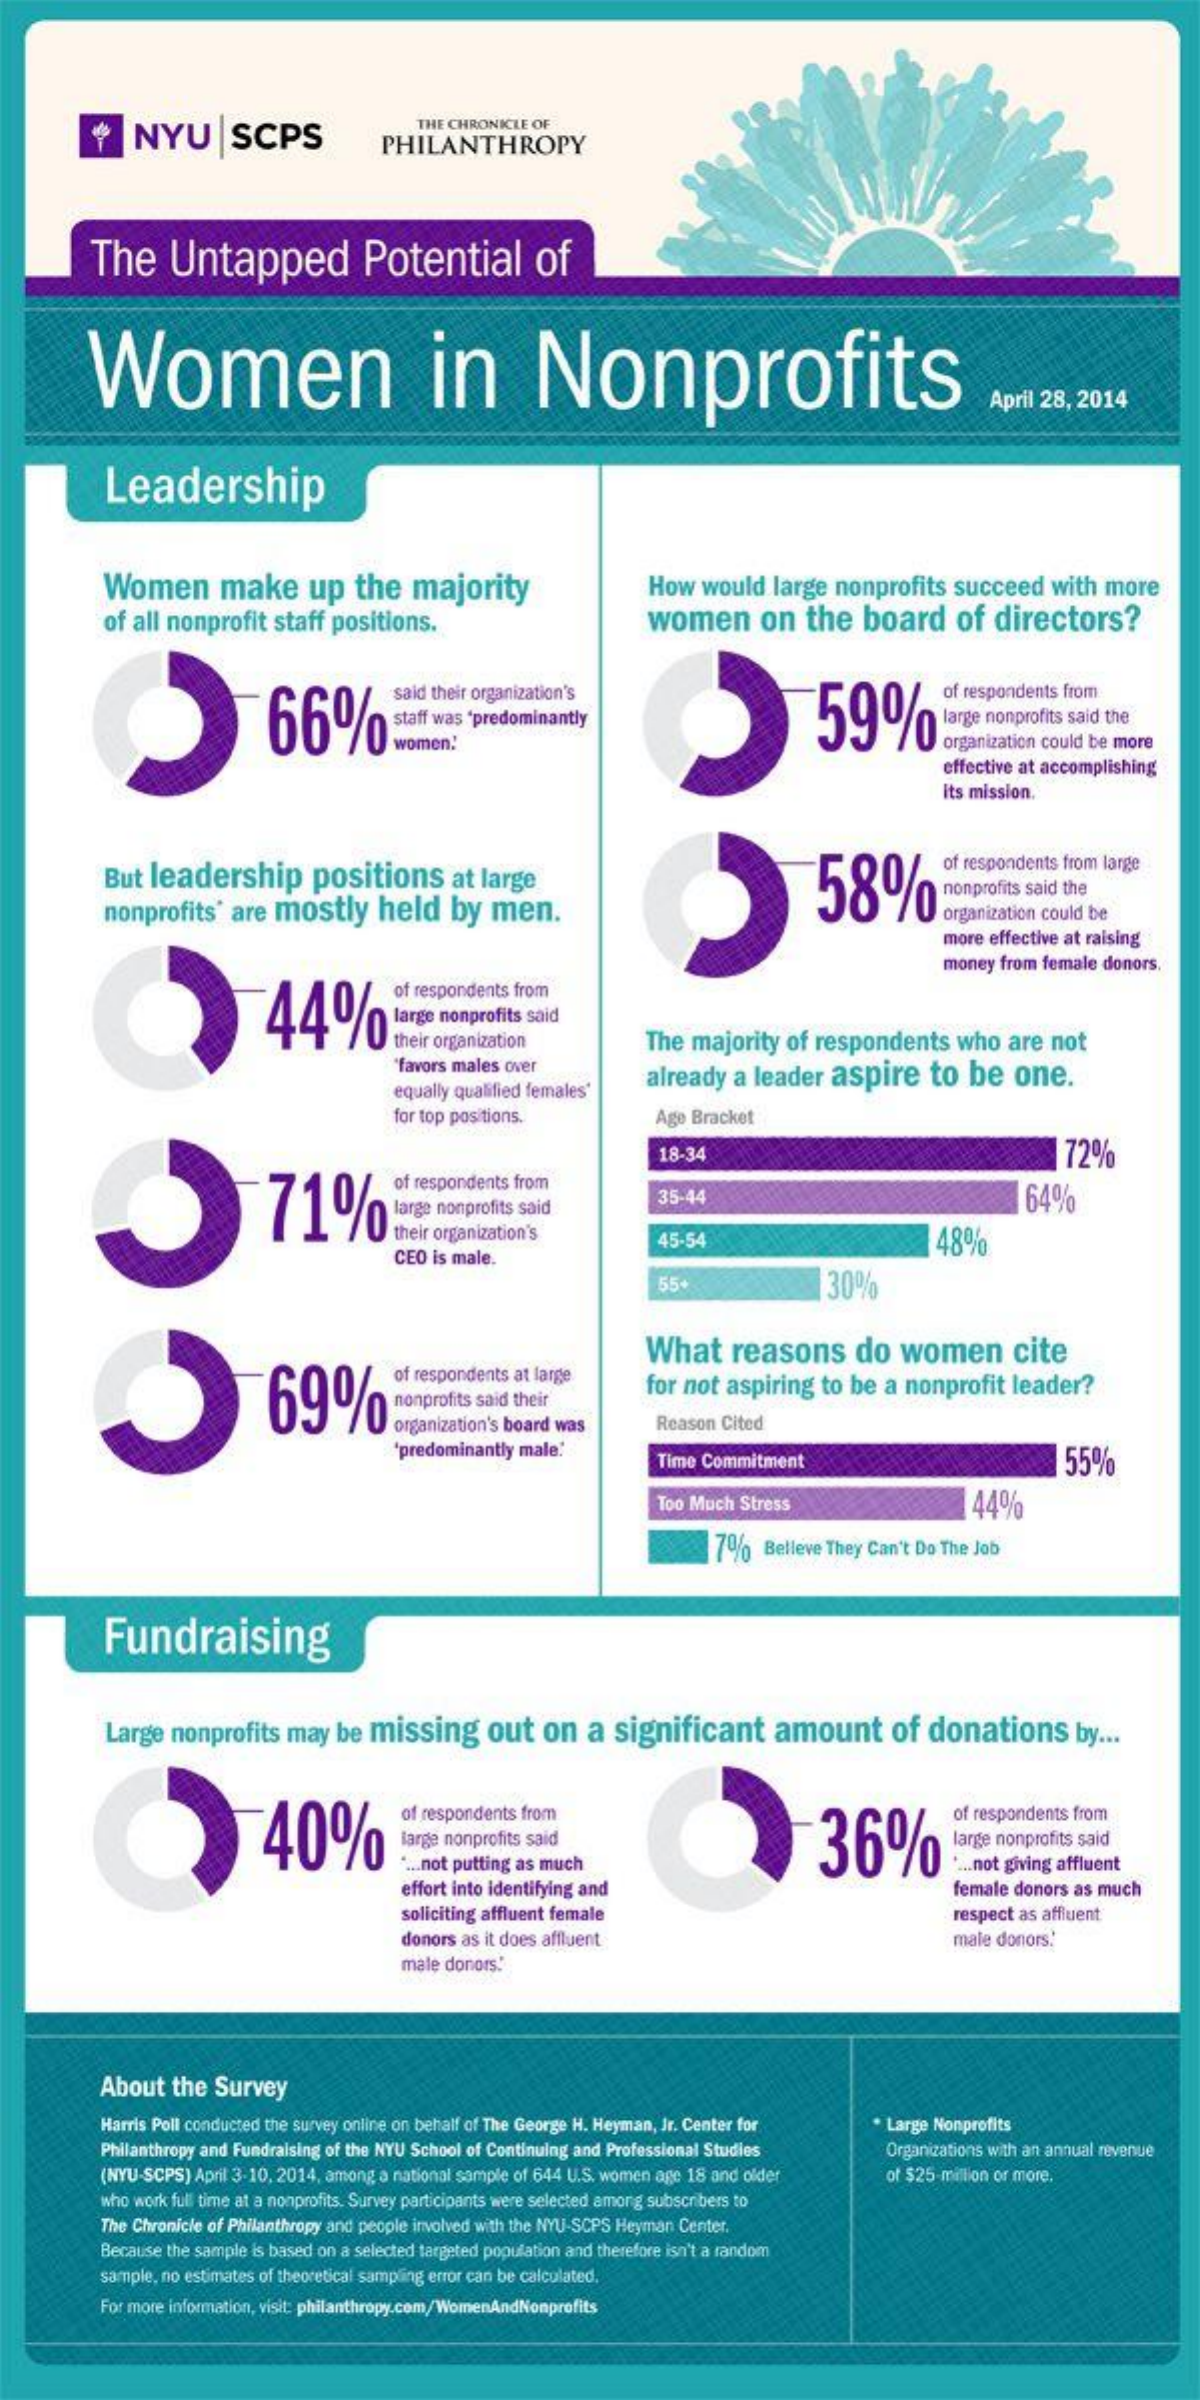
NYU    SCPS
     THE CHRONICLE OF
     PHILANTHROPY
     The    Untapped    Potential    of
     Women    in    Nonprofits
     April 28, 2014
     Leadership
     Women    make    up   the  majority    How  would   large nonprofits  succeed  with  more
     of all nonprofit  staff positions.    women    on   the  board    of  directors?
     66%    >59%
     said their organization's    of respondents from
     staff was 'predominantly
     women!
     large nonprofits said the
     organization could be more
     effective at accomplishing
     its mission.
     But leadership    positions    at large
     >58%
     of respondents from large
     nonprofits' are mostly    held   by  men.
     nonprofits said the
     organization could be
     more effective at raising
     money from female donors.
     44%
     of respondents from
     large nonprofits said
     their organization    The majority  of respondents   who  are not
     "favors males over
     equally qualified females'
     already  a leader aspire    to  be   one.
     for top positions.    Age Bracket
     18-34
     71%
     72%
     of respondents from
     large nonprofits said
     35-44    64%
     their organization's
     CEO is male.
     45-54    48%
     55+    30%
     690%    nonprofits said their
     What    reasons    do  women    cite
     of respondents at large  for not aspiring to be  a nonprofit leader?
     organization's board was  Reason Cited
     'predominantly male.
     Time Commitment    55%
     Too Much Stress    44%
     7%   Belleve They Can't Do The Job
     Fundraising
     Large nonprofits  may  be missing    out  on   a  significant    amount    of  donations    by ...
     40%
     of respondents from    of respondents from
     large nonprofits said    36%    large nonprofits said
     " ... not putting as much    .... not giving affluent
     effort into identifying and    female donors as much
     soliciting affluent female    respect as affluent
     donors as it does affluent    male donors.
     male donors.
     About  the  Survey
     Harris Poll conducted the survey online on behalf of The George H. Heyman, Jr. Center for · Large Nonprofits
     Philanthropy and Fundraising of the NYU School of Continuing and Professional Studies Organizations with an annual revenue
     (NYU-SCPS) April 3-10, 2014, among a national sample of 644 U.S. women age 18 and older of $25 million or more.
     who work full time at a nonprofits. Survey participants were selected among subscribers to
     The Chronicle of Philanthropy and people involved with the NYU-SCPS Heyman Center.
     Because the sample is based on a selected targeted population and therefore isn't a random
     sample, no estimates of theoretical sampling error can be calculated.
     For more information, visit: philanthropy.com/WomenAndNonprofits